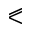
\eqslantless